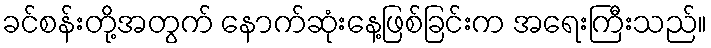
ခင်စန်းတို့အတွက် နောက်ဆုံးနေ့ဖြစ်ခြင်းက အရေးကြီးသည်။